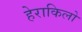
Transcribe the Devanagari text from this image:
हेराकिलो